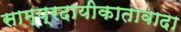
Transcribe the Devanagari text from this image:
साम्प्रदायीकातावादा